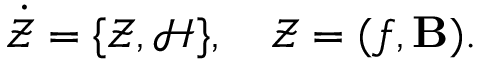
\dot { \mathcal { Z } } = \{ \mathcal { Z } , \mathcal { H } \} , \quad \mathcal { Z } = ( f , { \mathbf B } ) .